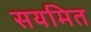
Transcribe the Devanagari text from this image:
सयमित